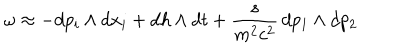
\omega \approx - d p _ { i } \wedge { } d x _ { i } + d h \wedge { } d t + \frac { s } { m ^ { 2 } c ^ { 2 } } \, d p _ { 1 } \wedge { } d p _ { 2 }